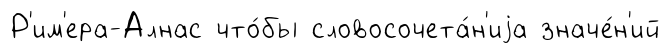
Р'им'ера-Алнас что́бы словосочета́н'иjа значе́н'ий